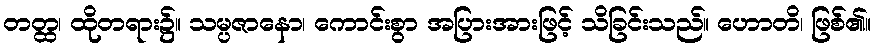
တတ္ထ၊ ထိုတရား၌။ သမ္ပဇာနော၊ ကောင်းစွာ အပြားအားဖြင့် သိခြင်းသည်။ ဟောတိ၊ ဖြစ်၏။